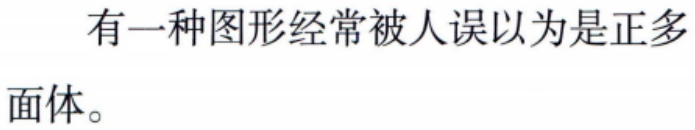
有一种图形经常被人误以为是正多面体。